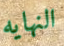
النهايه